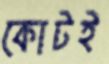
কোটই